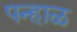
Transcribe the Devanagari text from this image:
पन्हाळ